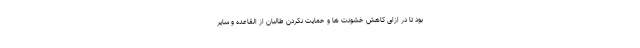
بود تا در ازای کاهش خشونت ها و حمایت نکردن طالبان از القاعده و سایر